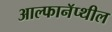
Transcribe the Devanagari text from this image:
आल्फानॅप्थील